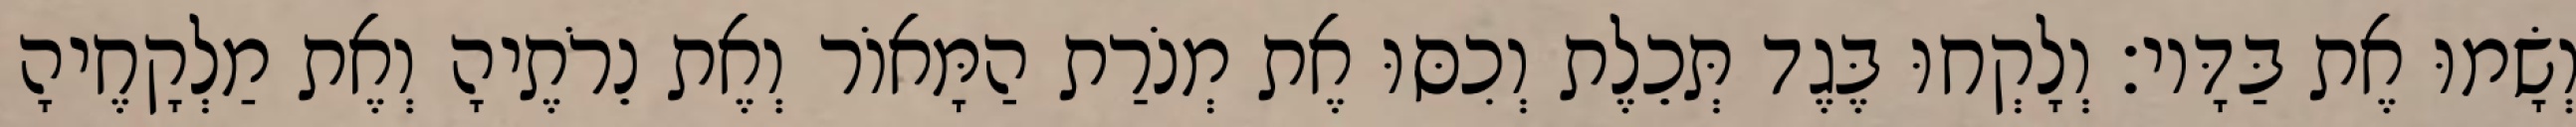
וְשָׂמוּ אֶת בַּדָּיו׃ וְלָקְחוּ בֶּגֶד תְּכֵלֶת וְכִסּוּ אֶת מְנֹרַת הַמָּאוֹר וְאֶת נֵרֹתֶיהָ וְאֶת מַלְקָחֶיהָ